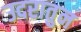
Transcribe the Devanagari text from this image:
उदरातुन